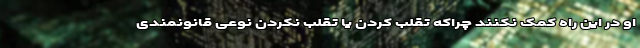
او در این راه کمک نکنند چراکه تقلب کردن یا تقلب نکردن نوعی قانونمندی